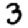
Digit: 3